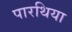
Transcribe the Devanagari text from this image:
पारथिया